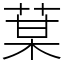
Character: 𦳑